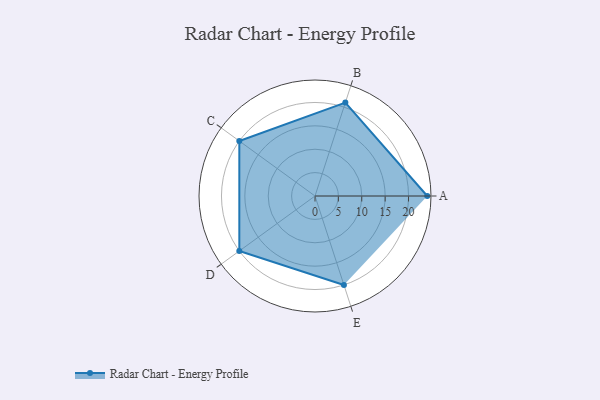
{"axis": {"x": "Skill", "y": "Score"}, "legend": ["Profile"], "data": [{"x": "A", "y": 24.0, "type": "Profile"}, {"x": "B", "y": 21.0, "type": "Profile"}, {"x": "C", "y": 20.0, "type": "Profile"}, {"x": "D", "y": 20, "type": "Profile"}, {"x": "E", "y": 20, "type": "Profile"}]}